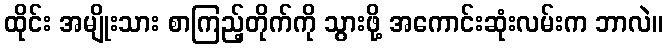
ထိုင်း အမျိုးသား စာကြည့်တိုက်ကို သွားဖို့ အကောင်းဆုံးလမ်းက ဘာလဲ။